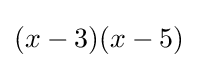
(x-3)(x-5)